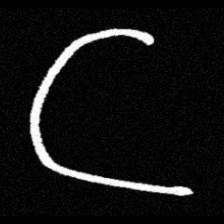
Pyu character \u2014 Myanmar letter: ဋ (romanized: tta)